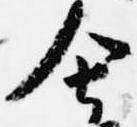
舎